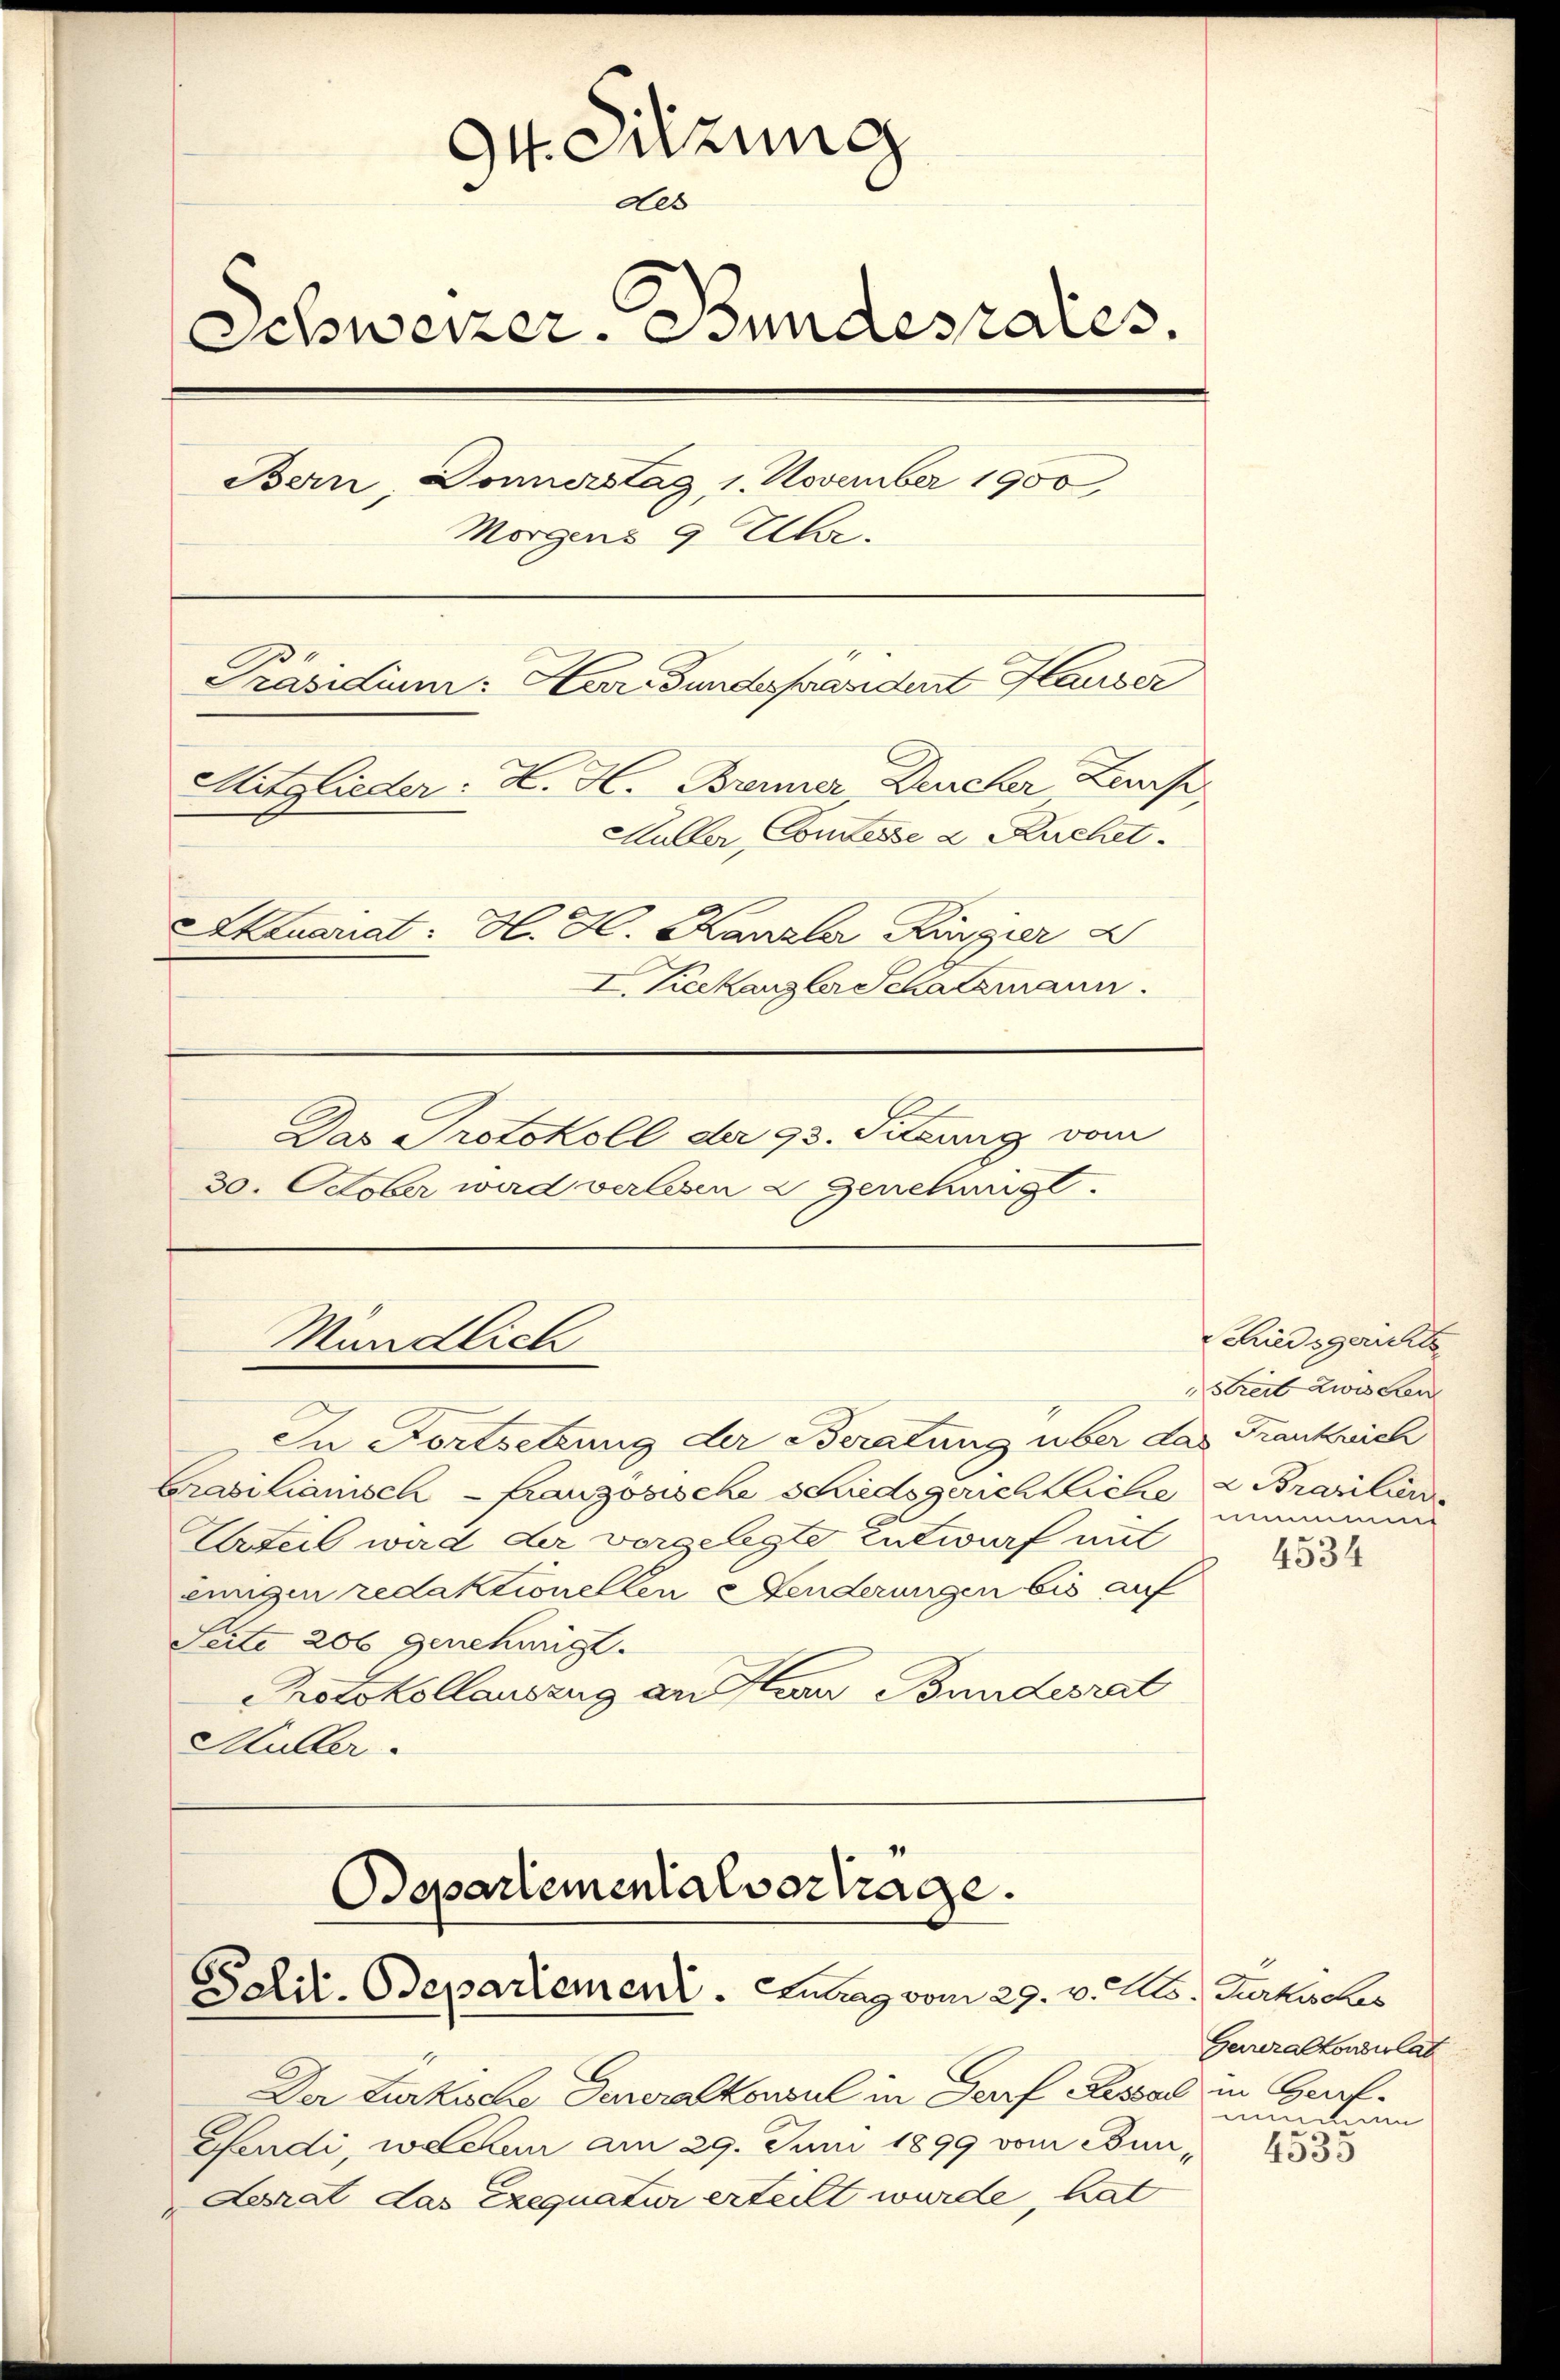
Ott. Sitzung
des
Schweizer. Bundesrates.
Bern, Donnerstag 1. November 1900,
Morgens 9 Uhr.
Präsidium Harmundesprandent Hauser
Mitglieder: K. H. Brenner Durcher Zus
Hüller, Comtesse 2 Kuchet.
Kluariat: H. H. Kanzler Bürgier 2
I. Teekanzler Schatzmann.

Das Protokoll der 93. Sitzung vom

30. October ward verlesen 2 genehmigt.

Mündlich

In Fortsetzung der Beratung über das Frankreich
Crasilianisch - Französische Schiedsgerichtliche z. Brasilier
Urteil wad der vorgelegte Entwurf mit
einigen redaktionellen Fenderungen bis auf
Seite 206 genehmigt.
Protokollauszug an Herr Bundesrat
Müller

Departemental vortrage.
Palil-Odepartement. Laag vom 29. v. Mts. Zurhisches

Der Türkische Generalkonsul in Dorf Kessel in Graf-
eendi, welchen am 29. Juni 1899 vom Bun, 1853
Lerat das Exequatur erteilt wurde, hat

chiedsgerichte
streit zwiscen
m

4534

Gerreralkonsulat
numme